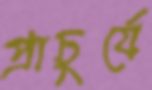
প্রাচুর্যে